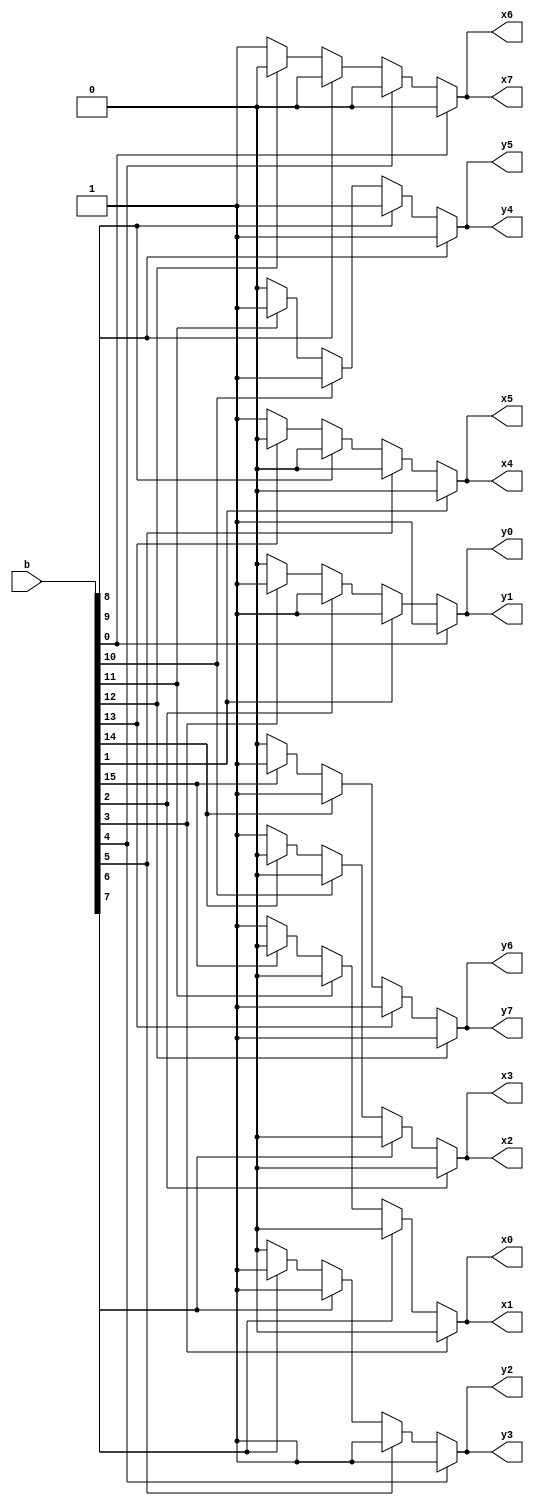
module board_33 (
    input [15:0] b,
    output reg x0,
    output reg x1,
    output reg x2,
    output reg x3,
    output reg x4,
    output reg x5,
    output reg x6,
    output reg x7,
    output reg y0,
    output reg y1,
    output reg y2,
    output reg y3,
    output reg y4,
    output reg y5,
    output reg y6,
    output reg y7
  );
  
  
  
  always @* begin
    x0 = 1'h1;
    x1 = 1'h1;
    x2 = 1'h1;
    x3 = 1'h1;
    x4 = 1'h1;
    x5 = 1'h1;
    x6 = 1'h1;
    x7 = 1'h1;
    y0 = 1'h0;
    y1 = 1'h0;
    y2 = 1'h0;
    y3 = 1'h0;
    y4 = 1'h0;
    y5 = 1'h0;
    y6 = 1'h0;
    y7 = 1'h0;
    if (b[15+0-:1]) begin
      x0 = 1'h0;
      x1 = 1'h0;
      y6 = 1'h1;
      y7 = 1'h1;
    end
    if (b[14+0-:1]) begin
      x2 = 1'h0;
      x3 = 1'h0;
      y6 = 1'h1;
      y7 = 1'h1;
    end
    if (b[13+0-:1]) begin
      x4 = 1'h0;
      x5 = 1'h0;
      y6 = 1'h1;
      y7 = 1'h1;
    end
    if (b[12+0-:1]) begin
      x6 = 1'h0;
      x7 = 1'h0;
      y6 = 1'h1;
      y7 = 1'h1;
    end
    if (b[11+0-:1]) begin
      x0 = 1'h0;
      x1 = 1'h0;
      y4 = 1'h1;
      y5 = 1'h1;
    end
    if (b[10+0-:1]) begin
      x2 = 1'h0;
      x3 = 1'h0;
      y4 = 1'h1;
      y5 = 1'h1;
    end
    if (b[9+0-:1]) begin
      x4 = 1'h0;
      x5 = 1'h0;
      y4 = 1'h1;
      y5 = 1'h1;
    end
    if (b[8+0-:1]) begin
      x6 = 1'h0;
      x7 = 1'h0;
      y4 = 1'h1;
      y5 = 1'h1;
    end
    if (b[7+0-:1]) begin
      x0 = 1'h0;
      x1 = 1'h0;
      y2 = 1'h1;
      y3 = 1'h1;
    end
    if (b[6+0-:1]) begin
      x2 = 1'h0;
      x3 = 1'h0;
      y2 = 1'h1;
      y3 = 1'h1;
    end
    if (b[5+0-:1]) begin
      x4 = 1'h0;
      x5 = 1'h0;
      y2 = 1'h1;
      y3 = 1'h1;
    end
    if (b[4+0-:1]) begin
      x6 = 1'h0;
      x7 = 1'h0;
      y2 = 1'h1;
      y3 = 1'h1;
    end
    if (b[3+0-:1]) begin
      x0 = 1'h0;
      x1 = 1'h0;
      y0 = 1'h1;
      y1 = 1'h1;
    end
    if (b[2+0-:1]) begin
      x2 = 1'h0;
      x3 = 1'h0;
      y0 = 1'h1;
      y1 = 1'h1;
    end
    if (b[1+0-:1]) begin
      x4 = 1'h0;
      x5 = 1'h0;
      y0 = 1'h1;
      y1 = 1'h1;
    end
    if (b[0+0-:1]) begin
      x6 = 1'h0;
      x7 = 1'h0;
      y0 = 1'h1;
      y1 = 1'h1;
    end
  end
endmodule